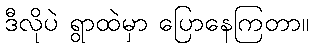
ဒီလိုပဲ ရွာထဲမှာ ပြောနေကြတာ။